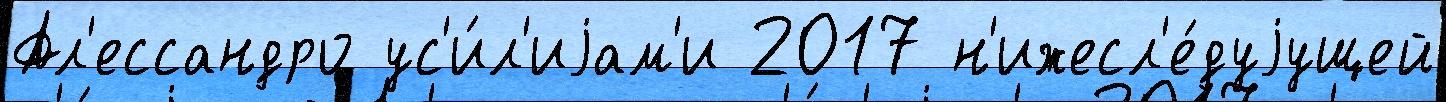
Ал'ессандро ус'и́л'иjам'и 2017 н'ижесл'е́дуjущей